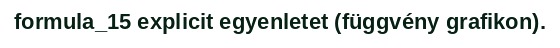
formula_15 explicit egyenletet (függvény grafikon).